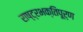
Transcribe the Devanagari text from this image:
राष्ट्रभक्तिपूर्ण